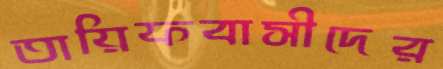
তায়িফবাসীদের